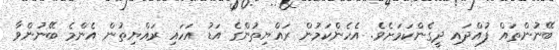
ބޭނުންތައް ފުއްދައި ދީގެންކަމަށެވެ. އެހެންކަމުން ރައްޔިތުންގެ އަޑު އަހައި ރައްޔިތުން އެންމެ ބޭނުންވާ